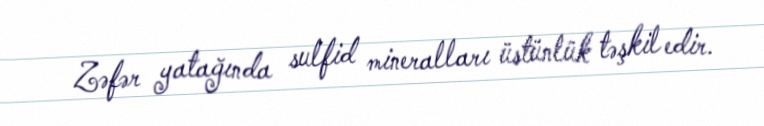
Zəfər yatağında sulfid mineralları üstünlük təşkil edir.